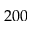
2 0 0